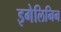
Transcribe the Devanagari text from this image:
इगेलिनिन